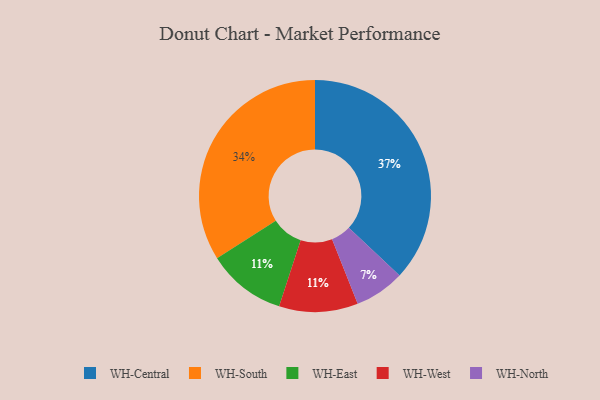
{"axis": {"x": "Category", "y": "Percentage"}, "legend": ["WH-Central", "WH-East", "WH-North", "WH-South", "WH-West"], "data": [{"x": "WH-Central", "y": 37, "type": "WH-Central"}, {"x": "WH-East", "y": 11, "type": "WH-East"}, {"x": "WH-South", "y": 34, "type": "WH-South"}, {"x": "WH-North", "y": 7, "type": "WH-North"}, {"x": "WH-West", "y": 11, "type": "WH-West"}]}